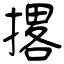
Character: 撂